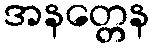
အနတ္တေန